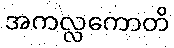
အကလ္လကောတိ